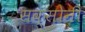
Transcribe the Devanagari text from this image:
सक्सोनी